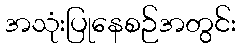
အသုံးပြုနေစဉ်အတွင်း